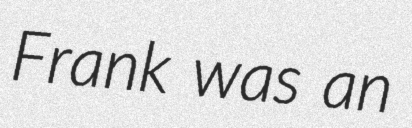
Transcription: Frank was an